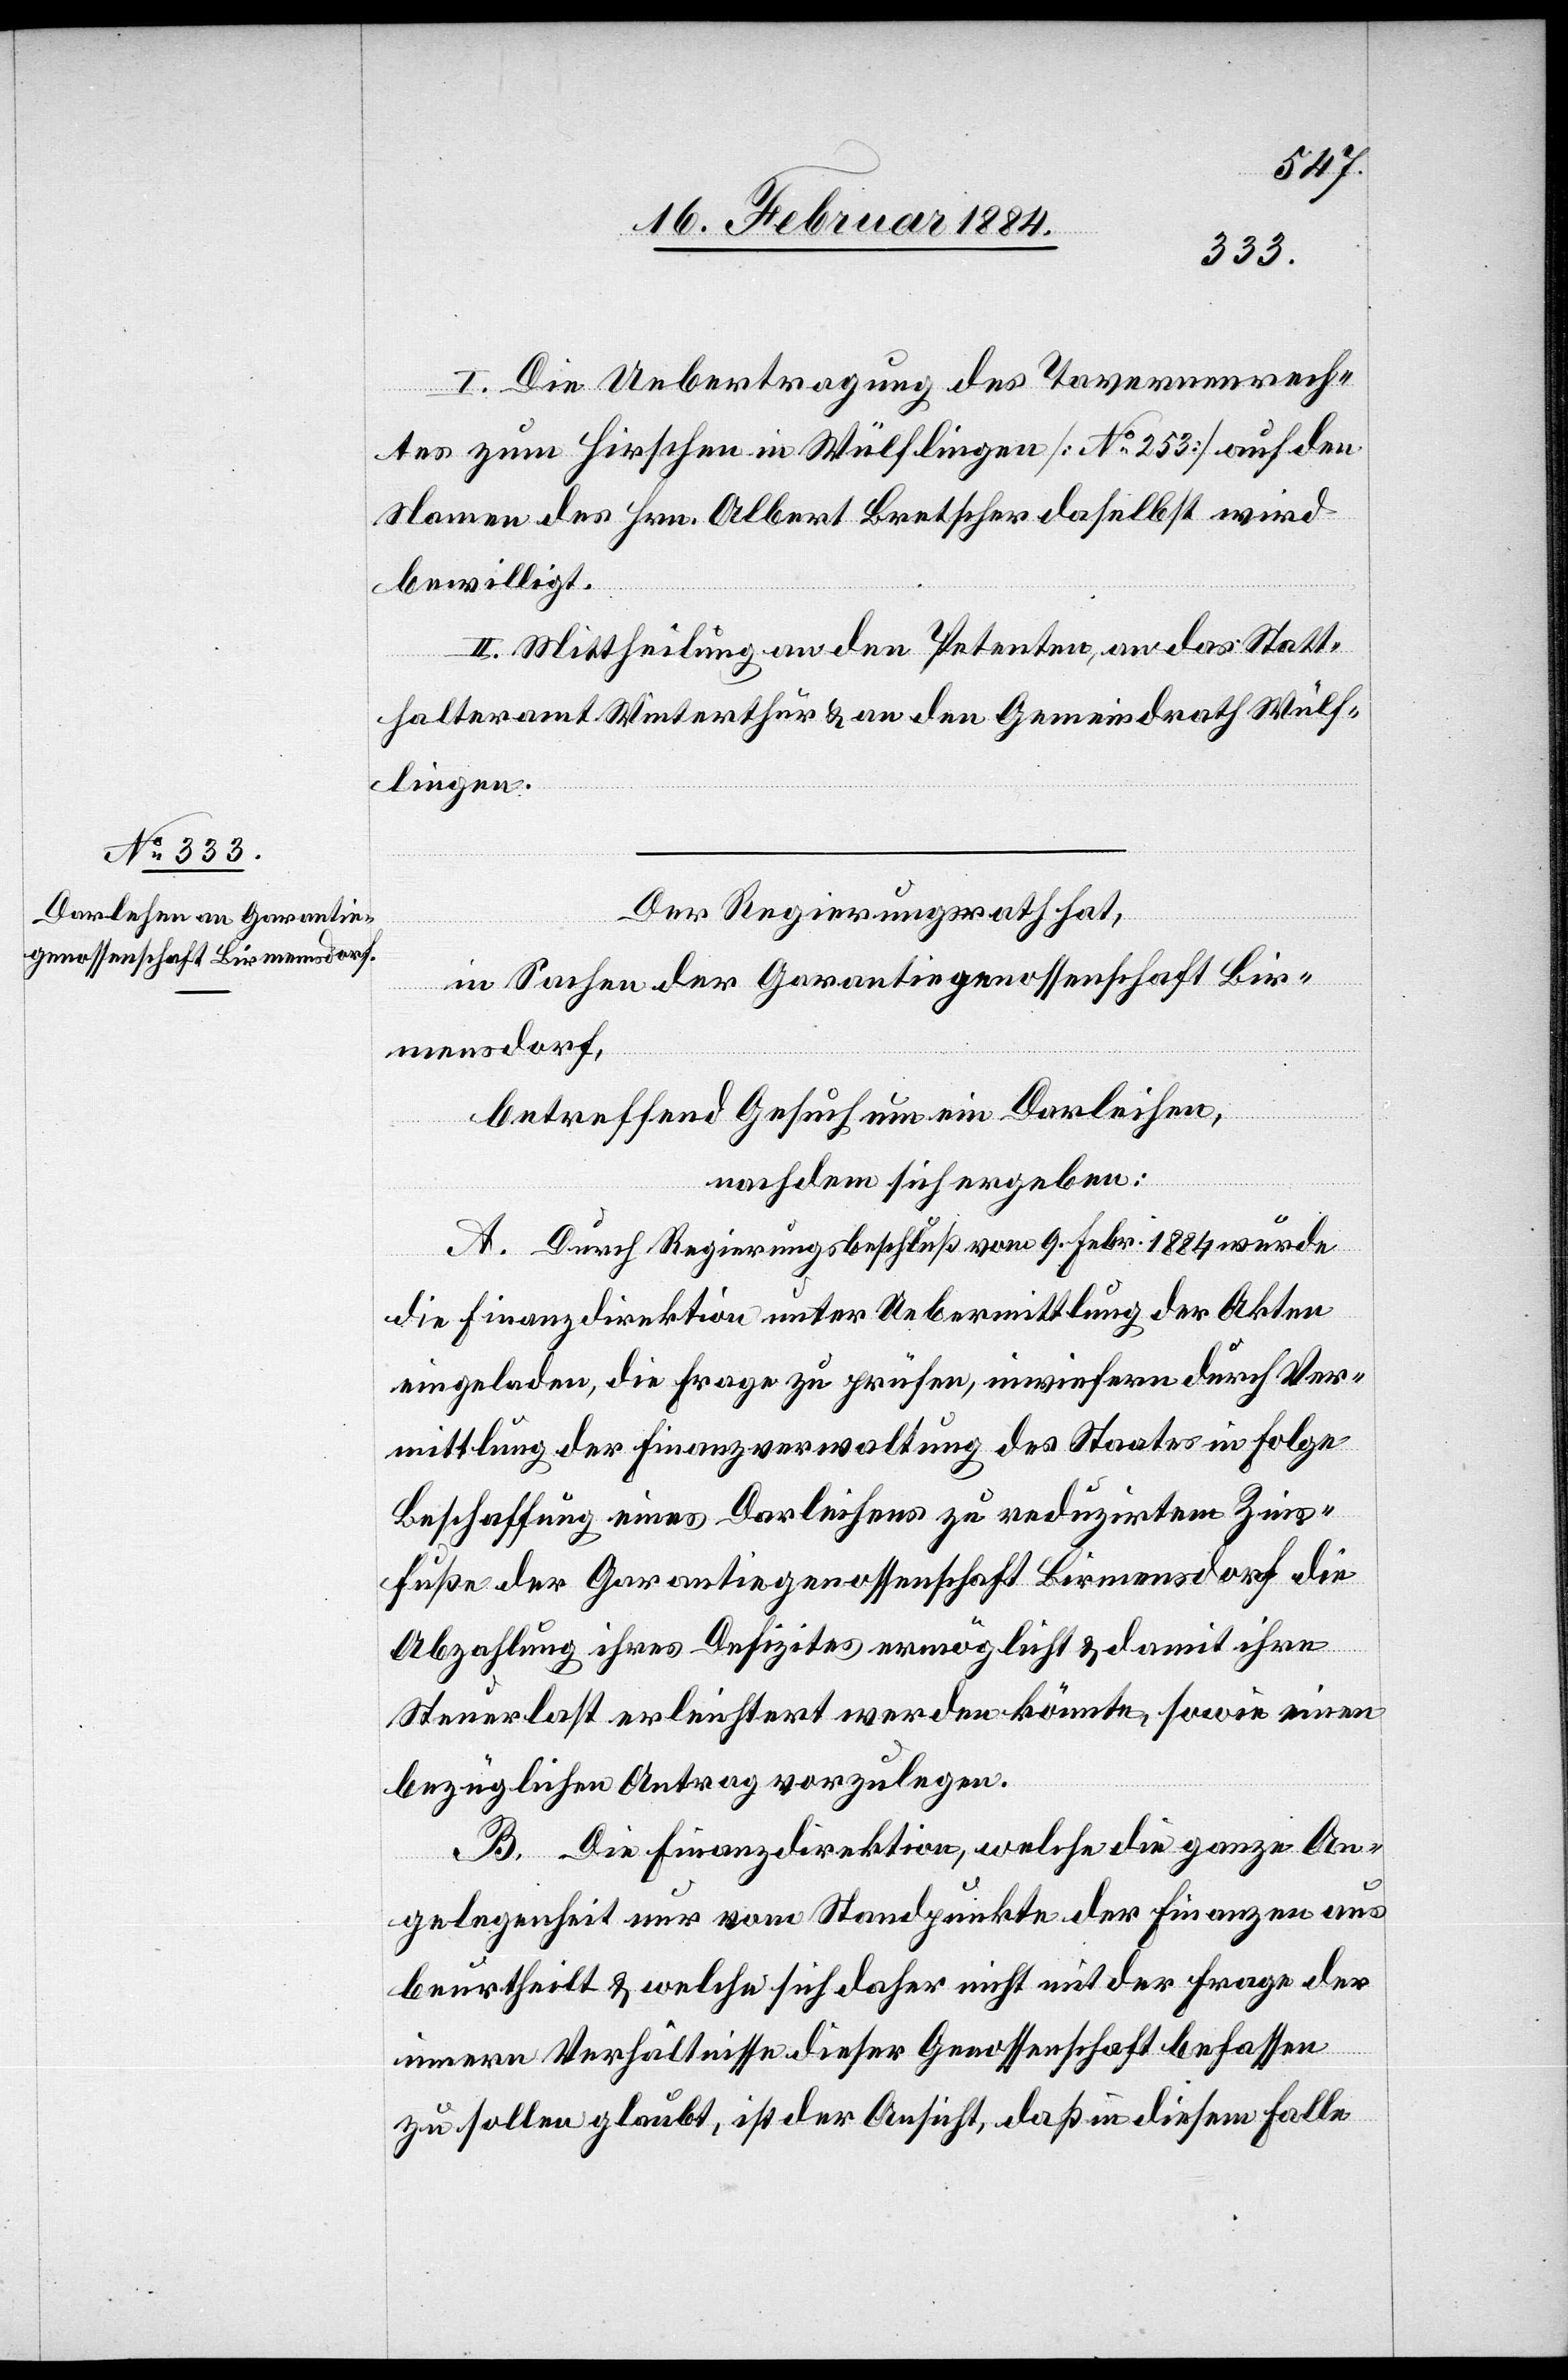
I. Die Uebertragung des Tavernenrech¬
tes zum Hirschen in Wülflingen [No 253] auf den
Namen des Hrn. Albert Bretscher daselbst wird
bewilligt.
II. Mittheilung an den Petenten, an das Statt¬
halteramt Winterthur & an den Gemeindrath Wülf¬
lingen.
Der Regierungsrath hat,
in Sachen der Garantiegenossenschaft Bir¬
mensdorf,
betreffend Gesuch um ein Darleihen,
nachdem sich ergeben:
A. Durch Regierungsbeschluß vom 9. Febr. 1884 wurde
die Finanzdirektion unter Uebermittlung der Akten
eingeladen, die Frage zu prüfen, inwiefern durch Ver¬
mittlung der Finanzverwaltung des Staates in Folge
Beschaffung eines Darleihens zu reduzirtem Zin¬
s-Fuße der Garantiegenossenschaft Birmensdorf die
Abzahlung ihres Defizites ermöglicht & damit ihre
Steuerlast erleichtert werden könnte, sowie einen
bezüglichen Antrag vorzulegen.
B. Die Finanzdirektion, welche die ganze An¬
gelegenheit nur vom Standpunkte der Finanzen aus
beurtheilt, & welche sich daher nicht mit der Frage der
innern Verhältnisse dieser Genossenschaft befassen
zu sollen glaubt, ist der Ansicht, daß in diesem Falle